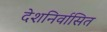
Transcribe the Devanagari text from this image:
देशनिर्वासित